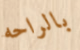
بالراحه